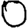
Digit: 0